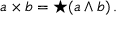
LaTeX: a \times b = \star ( a \wedge b ) \, .